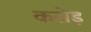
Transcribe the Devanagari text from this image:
करोंड़